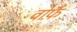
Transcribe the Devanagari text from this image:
वोर्फ़